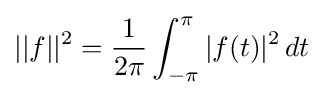
||f||^{2}={\frac {1}{2\pi }}\int _{-\pi }^{\pi }|f(t)|^{2}\,dt